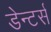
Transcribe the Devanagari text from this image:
डेन्टर्स